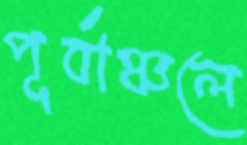
পূর্বাঞ্চলে